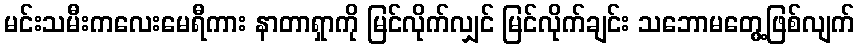
မင်းသမီးကလေးမေရီကား နာတာရှာကို မြင်လိုက်လျှင် မြင်လိုက်ချင်း သဘောမတွေ့ဖြစ်လျက်